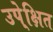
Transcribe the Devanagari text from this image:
उपे्क्षित